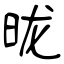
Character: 昽